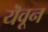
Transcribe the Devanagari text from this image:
यॆवून